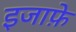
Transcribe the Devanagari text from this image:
इजाफ़े